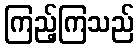
ကြည့်ကြသည်